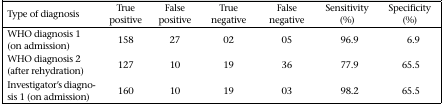
| Type of diagnosis | True positive | False positive | True negative | False negative | Sensitivity (%) | Specificity (%) |
 | --- | --- | --- | --- | --- | --- | --- |
 | WHO diagnosis 1 (on admission) | 158 | 27 | 02 | 05 | 96.9 | 6.9 |
 | WHO diagnosis 2 (after rehydration) | 127 | 10 | 19 | 36 | 77.9 | 65.5 |
 | Investigator's diagnosis 1 (on admission) | 160 | 10 | 19 | 03 | 98.2 | 65.5 |